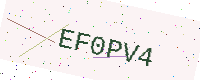
Text: EF0PV4